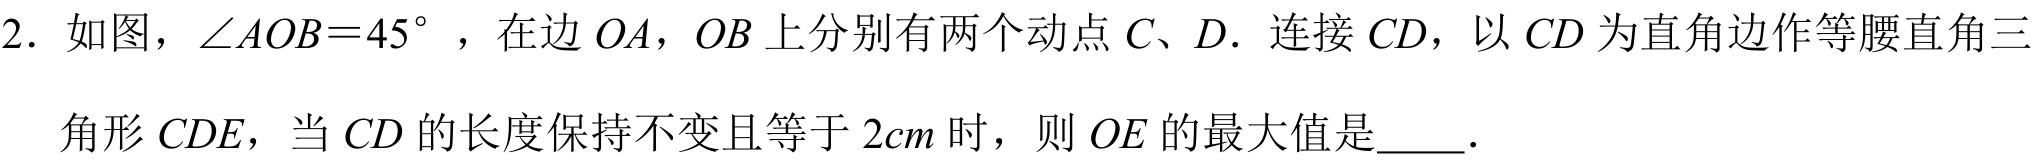
2. 如图，\(\angle AOB = 45^{\circ}\)，在边\(OA\)，\(OB\)上分别有两个动点\(C、D\). 连接\(CD\)，以\(CD\)为直角边作等腰直角三
角形\(CDE\)，当\(CD\)的长度保持不变且等于\(2cm\)时，则\(OE\)的最大值是  ．